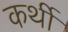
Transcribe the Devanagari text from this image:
कर्थी